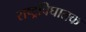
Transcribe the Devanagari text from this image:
राष्ट्रविघातक